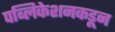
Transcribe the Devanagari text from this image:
पब्लिकेशनकडून